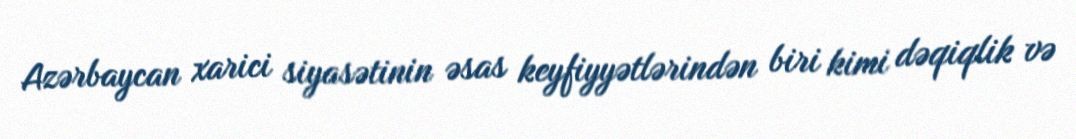
Azərbaycan xarici siyasətinin əsas keyfiyyətlərindən biri kimi dəqiqlik və